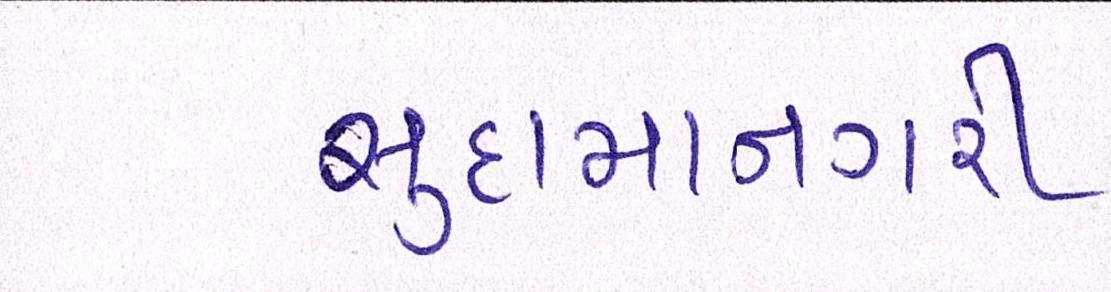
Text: સુદામાનગરી